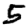
Digit: 5